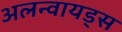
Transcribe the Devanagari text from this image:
अलन्वायड्स